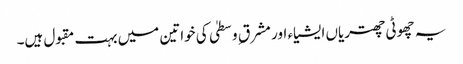
یہ چھوٹی چھتریاں ایشیاء اور مشرق ِ وسطیٰ کی خواتین میں بہت مقبول ہیں۔